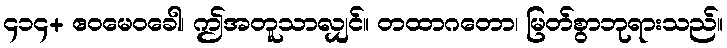
၄၁၄+ ဧဝမေဝခေါ၊ ဤအတူသာလျှင်။ တထာဂတော၊ မြတ်စွာဘုရားသည်။